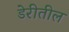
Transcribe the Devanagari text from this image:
डेरीतील